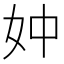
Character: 妕